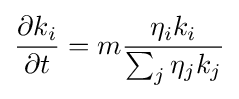
{\frac {\partial k_{i}}{\partial t}}=m{\frac {\eta _{i}k_{i}}{\sum _{j}\eta _{j}k_{j}}}